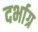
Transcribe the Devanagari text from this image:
दर्भाग्र